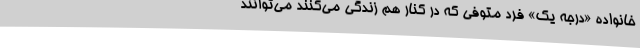
خانواده‌ «درجه یک» فرد متوفی که در کنار هم زندگی می‌کنند می‌توانند